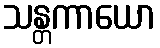
သန္တကာယော